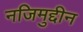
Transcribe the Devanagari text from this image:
नजिमुद्दीन